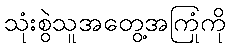
သုံးစွဲသူအတွေ့အကြုံကို